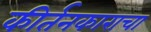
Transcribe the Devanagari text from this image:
कीर्तनकाराचा